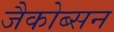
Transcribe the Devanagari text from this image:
जैकोब्सन